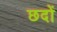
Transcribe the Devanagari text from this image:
छदों